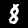
Label: 8